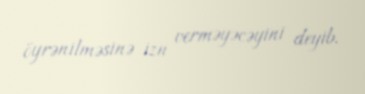
öyrənilməsinə izn verməyəcəyini deyib.